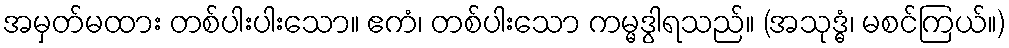
အမှတ်မထား တစ်ပါးပါးသော။ ဧကံ၊ တစ်ပါးသော ကမ္မဒွါရသည်။ (အသုဒ္ဓံ၊ မစင်ကြယ်။)